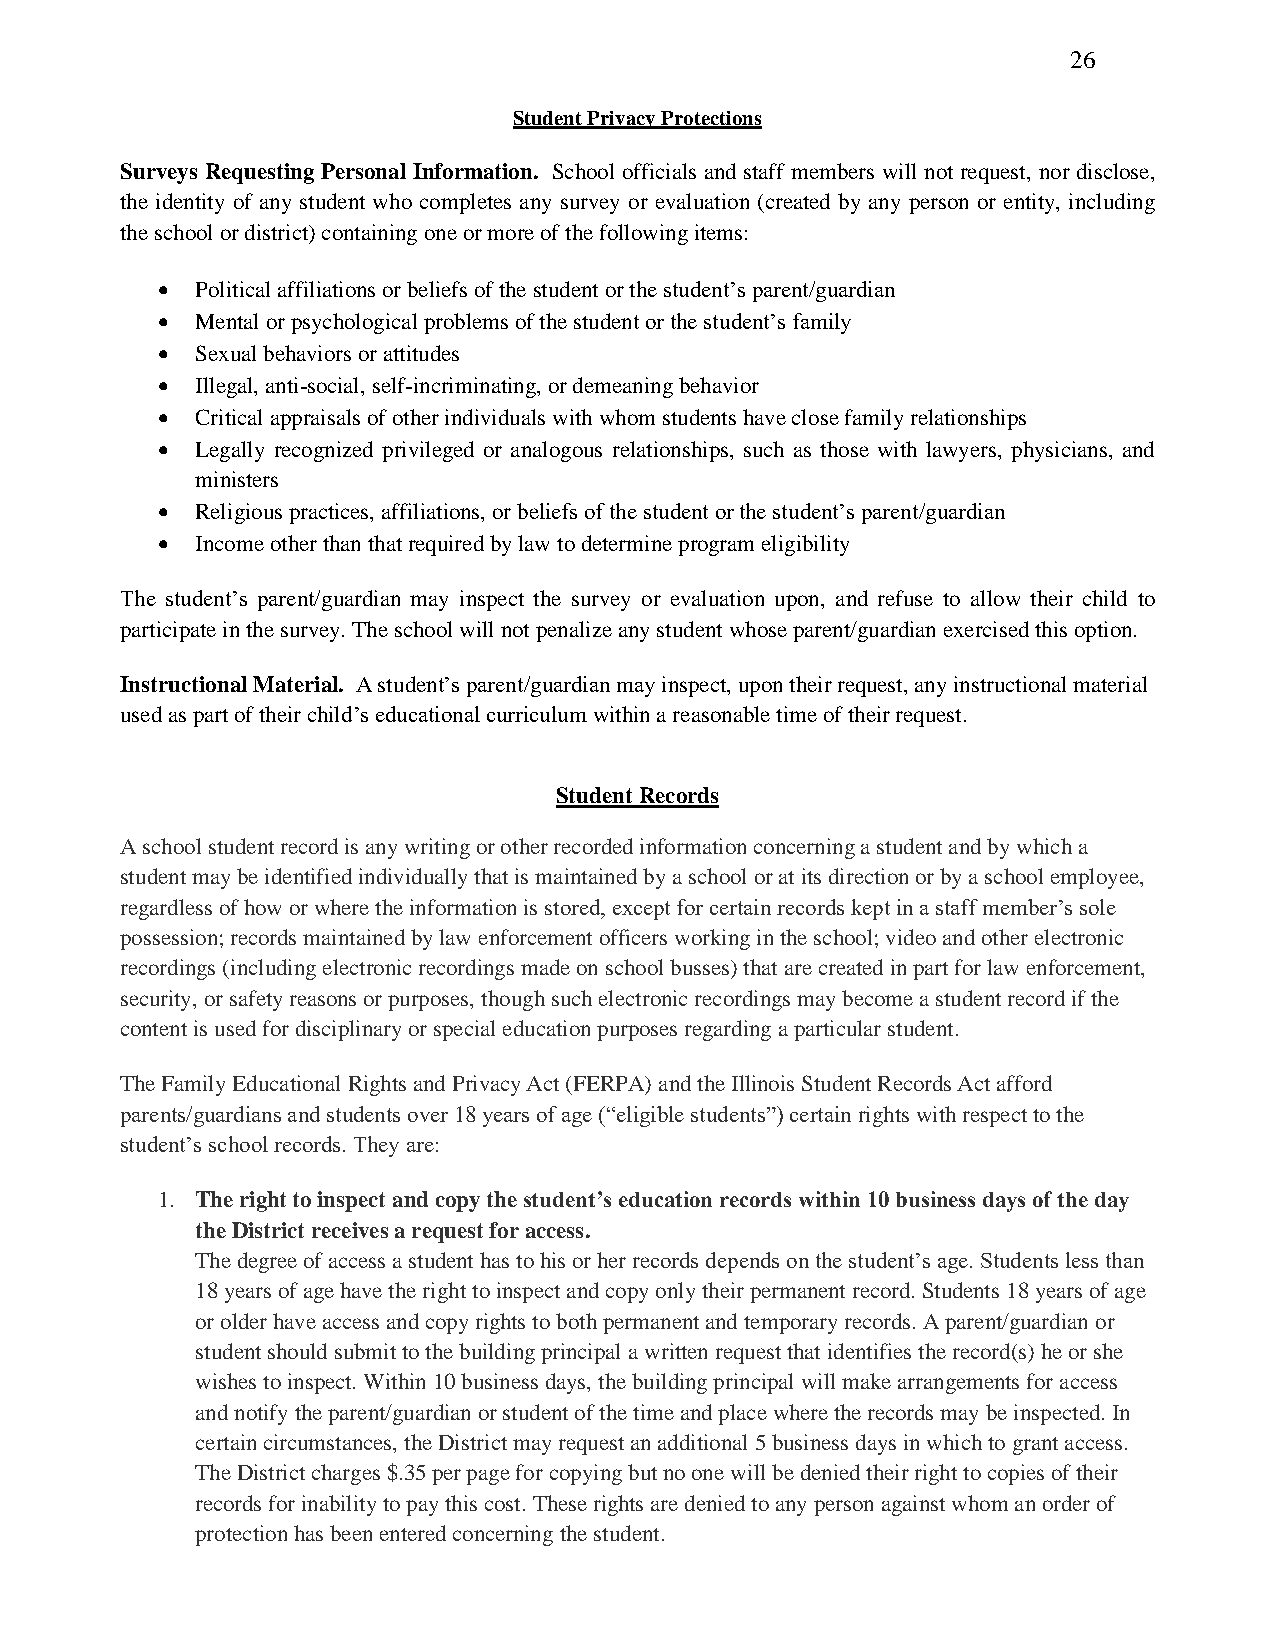
26
 Student Privacy Protections
 Surveys Requesting Personal Information. School officials and staff members will not request, nor disclose,
 the identity of any student who completes any survey or evaluation (created by any person or entity, including
 the school or district) containing one or more of the following items:
 •  Political affiliations or beliefs of the student or the student’s parent/guardian
 •  Mental or psychological problems of the student or the student’s family
 •  Sexual behaviors or attitudes
 •  Illegal, anti-social, self-incriminating, or demeaning behavior
 •  Critical appraisals of other individuals with whom students have close family relationships
 •  Legally recognized privileged or analogous relationships, such as those with lawyers, physicians, and
 ministers
 •  Religious practices, affiliations, or beliefs of the student or the student’s parent/guardian
 •  Income other than that required by law to determine program eligibility
 The student’s parent/guardian may inspect the survey or evaluation upon, and refuse to allow their child to
 participate in the survey. The school will not penalize any student whose parent/guardian exercised this option.
 Instructional Material. A student’s parent/guardian may inspect, upon their request, any instructional material
 used as part of their child’s educational curriculum within a reasonable time of their request.
 Student Records
 A school student record is any writing or other recorded information concerning a student and by which a
 student may be identified individually that is maintained by a school or at its direction or by a school employee,
 regardless of how or where the information is stored, except for certain records kept in a staff member’s sole
 possession; records maintained by law enforcement officers working in the school; video and other electronic
 recordings (including electronic recordings made on school busses) that are created in part for law enforcement,
 security, or safety reasons or purposes, though such electronic recordings may become a student record if the
 content is used for disciplinary or special education purposes regarding a particular student.
 The Family Educational Rights and Privacy Act (FERPA) and the Illinois Student Records Act afford
 parents/guardians and students over 18 years of age (“eligible students”) certain rights with respect to the
 student’s school records. They are:
 1. The right to inspect and copy the student’s education records within 10 business days of the day
 the District receives a request for access.
 The degree of access a student has to his or her records depends on the student’s age. Students less than
 18 years of age have the right to inspect and copy only their permanent record. Students 18 years of age
 or older have access and copy rights to both permanent and temporary records. A parent/guardian or
 student should submit to the building principal a written request that identifies the record(s) he or she
 wishes to inspect. Within 10 business days, the building principal will make arrangements for access
 and notify the parent/guardian or student of the time and place where the records may be inspected. In
 certain circumstances, the District may request an additional 5 business days in which to grant access.
 The District charges $.35 per page for copying but no one will be denied their right to copies of their
 records for inability to pay this cost. These rights are denied to any person against whom an order of
 protection has been entered concerning the student.